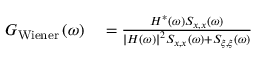
\begin{array} { r } { \begin{array} { r l } { G _ { \mathrm { W i e n e r } } \left( \omega \right) } & { { } = \frac { H ^ { * } \left( \omega \right) S _ { x , x } \left( \omega \right) } { \left| H \left( \omega \right) \right| ^ { 2 } S _ { x , x } \left( \omega \right) + S _ { \xi , \xi } \left( \omega \right) } } \end{array} } \end{array}